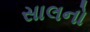
સાલનો